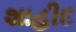
શાહીદ